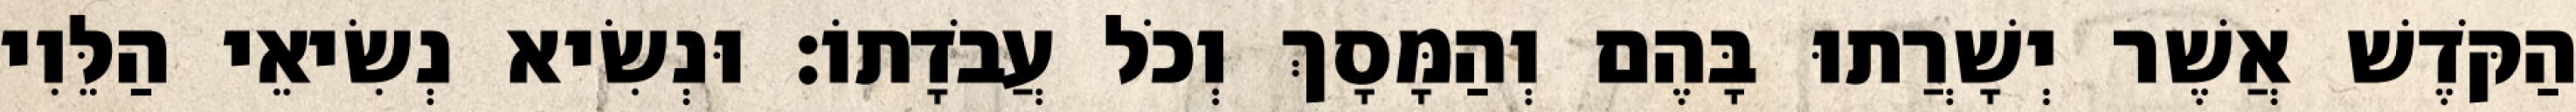
הַקֹּדֶשׁ אֲשֶׁר יְשָׁרֲתוּ בָּהֶם וְהַמָּסָךְ וְכֹל עֲבֹדָתוֹ׃ וּנְשִׂיא נְשִׂיאֵי הַלֵּוִי